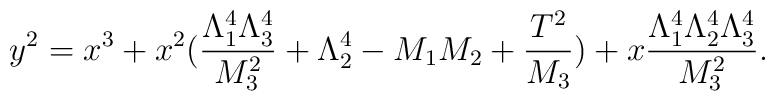
y^2 = x^3 + x^2 ( \frac{\Lambda_1^4 \Lambda^4_3}{M_3^2} + \Lambda_2^4 - M_1 M_2 + \frac{T^2}{M_3} ) + x  \frac{\Lambda_1^4 \Lambda_2^4 \Lambda_3^4}{ M_3^2}. \nonumber